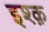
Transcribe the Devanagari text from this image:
इश्‍क़